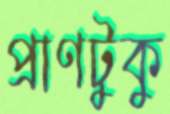
প্রাণটুকু